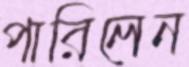
পারিলেন